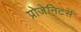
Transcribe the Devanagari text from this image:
प्रोजेनिटर्स